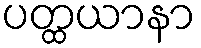
ပတ္ထယာနာ